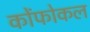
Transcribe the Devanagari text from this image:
कोंफोकल